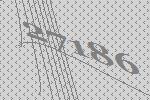
27186